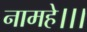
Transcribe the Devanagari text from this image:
नामहे।।।